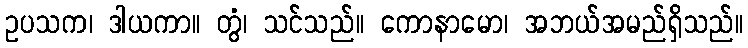
ဥပသက၊ ဒါယကာ။ တွံ၊ သင်သည်။ ကောနာမော၊ အဘယ်အမည်ရှိသည်။